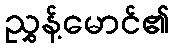
ညွှန့်မောင်၏